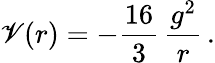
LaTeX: \mathscr{V}(r)=-\frac{{16}}{{3}}\, {\frac{{g^{2}}}{{r}}}\, .